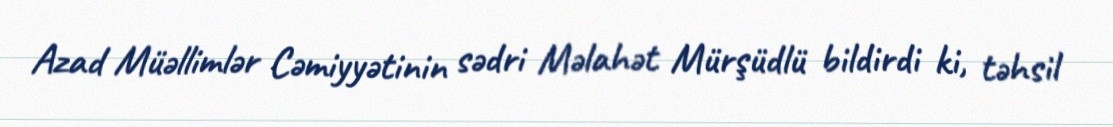
Azad Müəllimlər Cəmiyyətinin sədri Məlahət Mürşüdlü bildirdi ki, təhsil